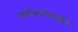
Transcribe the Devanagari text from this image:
आणीबाणीचेदेखील